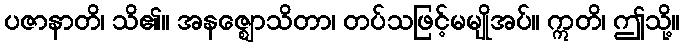
ပဇာနာတိ၊ သိ၏။ အနဇ္ဈောသိတာ၊ တပ်သဖြင့်မမျိုအပ်။ ဣတိ၊ ဤသို့။